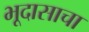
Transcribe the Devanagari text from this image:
भूदासाचा